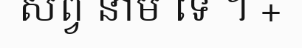
សព្វ នាម ទេ ។ +